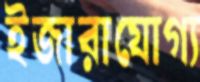
ইজারাযোগ্য